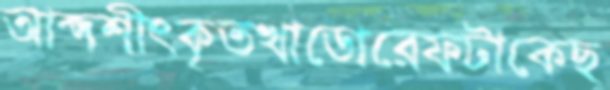
আক্দশীৎকৃতখাডোরেফটাকেছ